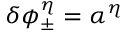
\delta \phi _ { \pm } ^ { \eta } = \alpha ^ { \eta }